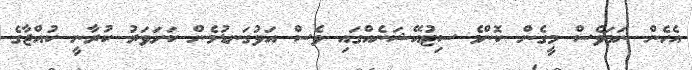
އެހެން ނަމަވެސް މީގެން ކޮންމެ ސިޓުއޭޝަނެއްގައި ވެސް އަޅުގަނޑުމެން ކަށަވަރު ކުރާނީ ކުއްޖާގެ